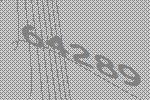
64289